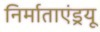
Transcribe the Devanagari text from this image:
निर्माताएंड्रयू